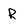
Character: R